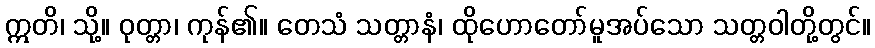
ဣတိ၊ သို့။ ဝုတ္တာ၊ ကုန်၏။ တေသံ သတ္တာနံ၊ ထိုဟောတော်မူအပ်သော သတ္တဝါတို့တွင်။